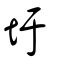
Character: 圩